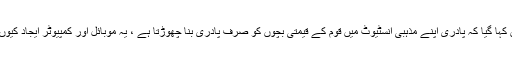
یہ کیوں نہیں کہا گیا کہ پادری اپنے مذہبی انسٹیوٹ میں قوم کے قیمتی بچوں کو صرف پادری بنا چھوڑتا ہے ، یہ موبائل اور کمپیوٹر ایجاد کیوں نہیں کرتا ؟